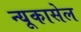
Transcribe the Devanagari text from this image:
न्यूकासेल